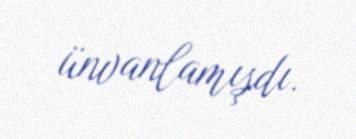
ünvanlamışdı.